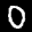
Label: 0